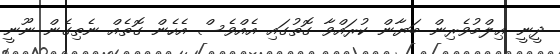
ދީނީ ޢިލްމުވެރިން ބަޔާން ކުރައްވާ ގޮތުގައި އެއްވެސް އެހެން ގޮތެއް ނެތިގެން ނޫނީ